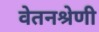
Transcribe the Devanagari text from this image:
वेतनश्रेणी